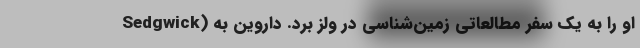
Sedgwick) او را به یک سفر مطالعاتی زمین‌شناسی در ولز برد. داروین به